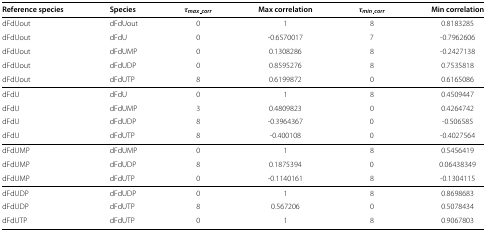
<table><thead><tr><td><b>Reference species</b></td><td><b>Species</b></td><td><b><i>τ</i><sub><i>max_corr</i></sub></b></td><td><b>Max correlation</b></td><td><b><i>τ</i><sub><i>min_corr</i></sub></b></td><td><b>Min correlation</b></td></tr></thead><tbody><tr><td>dFdUout</td><td>dFdUout</td><td>0</td><td>1</td><td>8</td><td>0.8183285</td></tr><tr><td>dFdUout</td><td>dFdU</td><td>0</td><td>-0.6570017</td><td>7</td><td>-0.7962606</td></tr><tr><td>dFdUout</td><td>dFdUMP</td><td>0</td><td>0.1308286</td><td>8</td><td>-0.2427138</td></tr><tr><td>dFdUout</td><td>dFdUDP</td><td>0</td><td>0.8595276</td><td>8</td><td>0.7535818</td></tr><tr><td>dFdUout</td><td>dFdUTP</td><td>8</td><td>0.6199872</td><td>0</td><td>0.6165086</td></tr><tr><td>dFdU</td><td>dFdU</td><td>0</td><td>1</td><td>8</td><td>0.4509447</td></tr><tr><td>dFdU</td><td>dFdUMP</td><td>3</td><td>0.4809823</td><td>0</td><td>0.4264742</td></tr><tr><td>dFdU</td><td>dFdUDP</td><td>8</td><td>-0.3964367</td><td>0</td><td>-0.506585</td></tr><tr><td>dFdU</td><td>dFdUTP</td><td>8</td><td>-0.400108</td><td>0</td><td>-0.4027564</td></tr><tr><td>dFdUMP</td><td>dFdUMP</td><td>0</td><td>1</td><td>8</td><td>0.5456419</td></tr><tr><td>dFdUMP</td><td>dFdUDP</td><td>8</td><td>0.1875394</td><td>0</td><td>0.06438349</td></tr><tr><td>dFdUMP</td><td>dFdUTP</td><td>0</td><td>-0.1140161</td><td>8</td><td>-0.1304115</td></tr><tr><td>dFdUDP</td><td>dFdUDP</td><td>0</td><td>1</td><td>8</td><td>0.8698683</td></tr><tr><td>dFdUDP</td><td>dFdUTP</td><td>8</td><td>0.567206</td><td>0</td><td>0.5078434</td></tr><tr><td>dFdUTP</td><td>dFdUTP</td><td>0</td><td>1</td><td>8</td><td>0.9067803</td></tr></tbody></table>